Civil Veterinary Dept. North-West Frontier Province 1901-22 - 1901-1922
Year: 1901
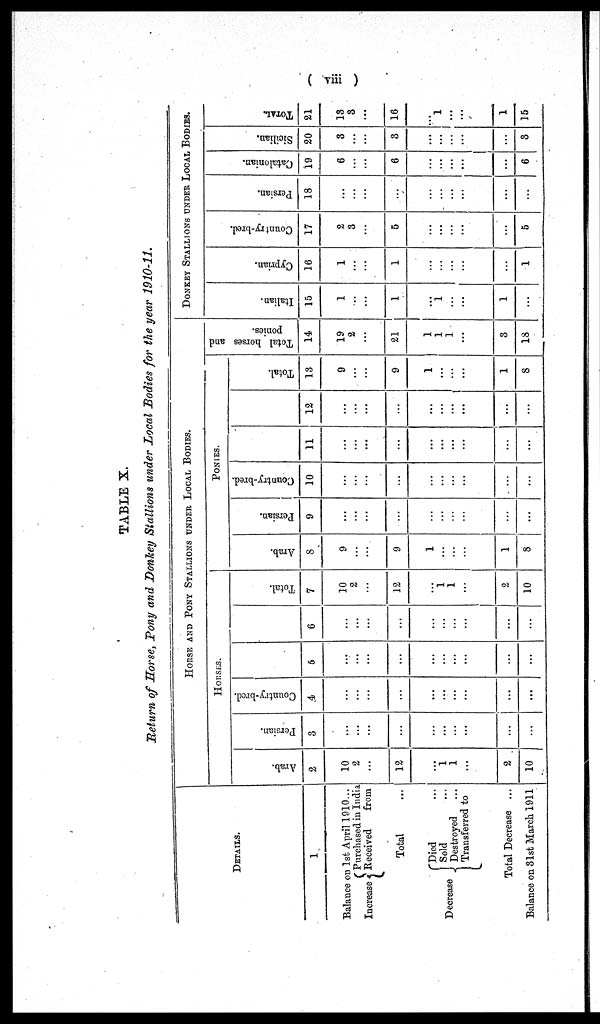
(viii)
TABLE X.
Return of Horse, Tony and Donkey Stallions under Local Bodies for the year 1910-11.
DETAILS.
1
Balance on 1st April 1910...
Increase
Purchased in India
Received
from
Total ...
Decrease
Died ...
Sold ...
Destroyed
...
Transferred to
Total Decrease ...
Balance on 31st March 1911
HORSE AND PONY STALLIONS UNDER LOCAL BODIES.
HORSES.
Arab.
2
10
2
...
12
...
1 1
...
2
10
Persian.
3
...
...
...
...
...
...
...
...
...
...
Country-bred.
4
...
...
...
...
...
...
...
...
...
...
5
...
...
...
...
...
...
...
...
...
...
6
...
...
...
...
...
...
...
...
...
...
Tot al .
7
10
2
...
12
...
1
1
...
2
10
PONIES.
Arab.
8
9
...
...
9
1
...
...
...
1
8
Persian.
9
...
...
...
...
...
...
...
...
...
...
Country-bred.
10
...
...
...
...
...
...
...
...
...
11
...
...
...
...
...
...
...
...
...
...
12
...
...
...
...
...
...
...
...
...
...
Tot al .
13
9
...
...
9
1
...
...
...
1
8
Tot al hor s es and
ponies.
14
19
2
...
21
1
1
1
...
3
18
DONKEY STALLIONS UNDER LOCAL BODIES.
I t al i an.
15
1
..
...
1
...
1
...
...
1
...
Cypr i
an.
16
1
...
...
1
...
...
...
...
...
1
Count r
y- br ed.
17
2
3
...
5
...
...
...
...
...
5
Per si an.
18
...
...
...
...
...
...
...
...
...
...
Cat al oni an.
19
6
...
...
6
...
...
...
...
...
6
Sicilian.
20
3
...
...
3
...
...
...
...
...
3
TOTAL.
21
13
3
...
16
...
1
...
...
1
15